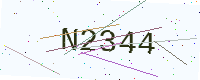
Text: N2344